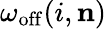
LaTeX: \omega_{\mathrm{off}}(i,\mathbf{n})